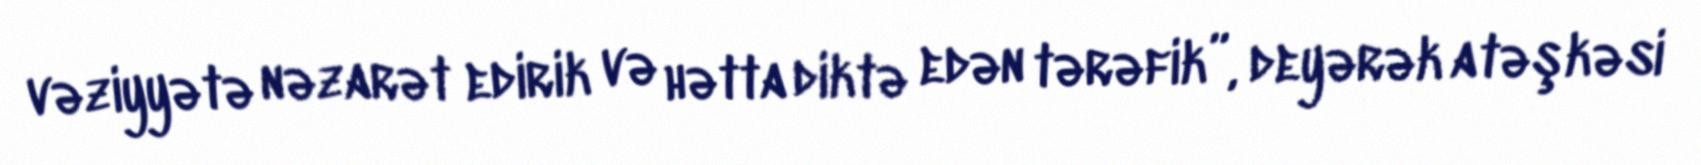
vəziyyətə nəzarət edirik və hətta diktə edən tərəfik”, deyərək atəşkəsi